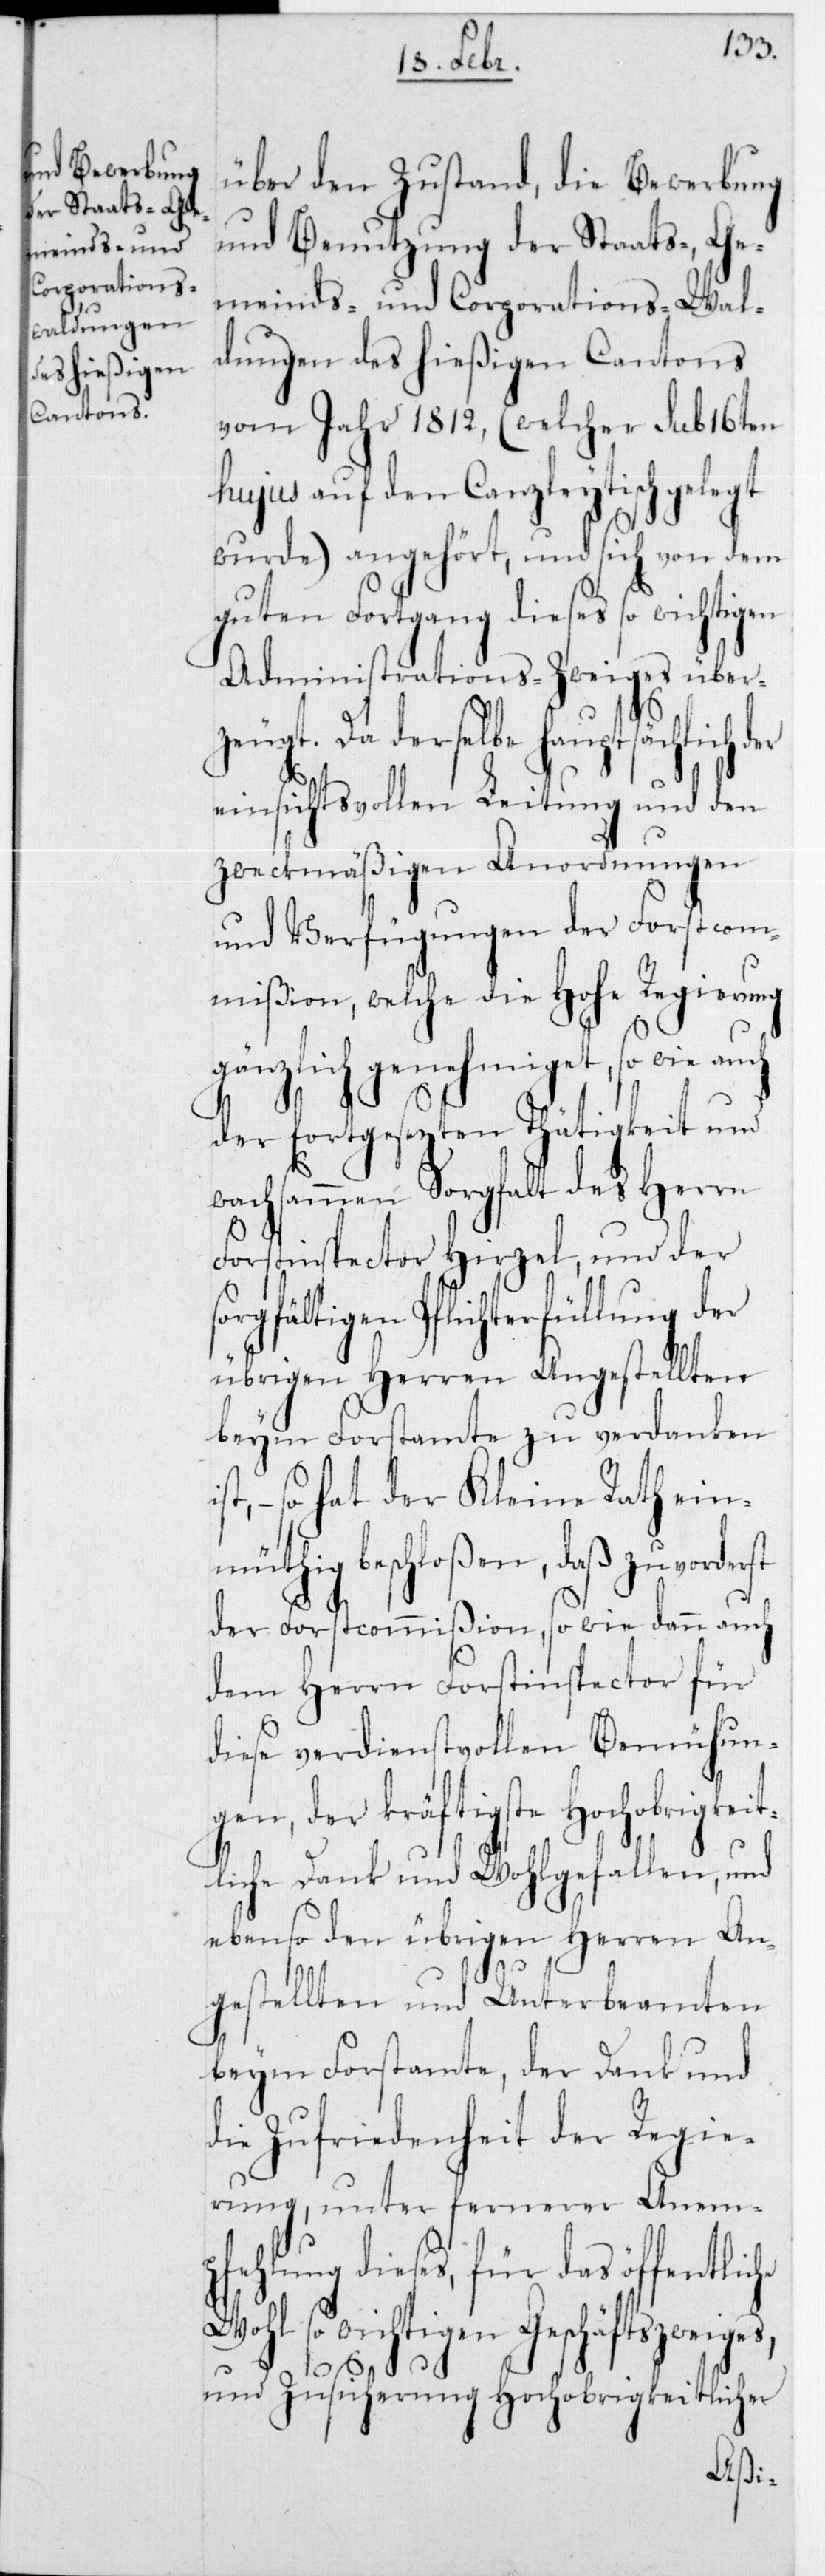
über den Zustand, die Bewerbung
und Benutzung der Staats-, Ge¬
meinds- und Corporations-Wal¬
dungen des hießigen Cantons
vom Jahr 1812, (welcher sub 16ten
hujus auf den Canzleytisch gelegt
wurde) angehört, und sich von dem
guten Fortgang dieses so wichtigen
Administrations-Zweiges über¬
zeugt. Da derselbe hauptsächlich
einsichtsvollen Leitung und den
zweckmäßigen Anordnungen
und Verfügungen der Forstcom¬
mißion, welche die Hohe Regierung
gänzlich genehmiget, so wie auch
der fortgesezten Tätigkeit und
he
wachsammen Sorgfalt des Herrn
Forstinspector Hirzel, und der
orgfältigen Pflichterfüllung der
übrigen Herren Angestellten
beym Forstamte zu verdanken
– so hat der Kleine Rath ein¬
müthig beschloßen, daß zuvorde¬
der Forstcommißion, so wie dann auch
dem Herrn Forstinspector für
diese verdienstvollen Bemühunge¬
n, der kräftigste Hochobrig¬
itliche Dank und Wohlgefallen, und
ebenso den übrigen Herren An¬
gestellten und Unterbeamten
beym Forstamte, der Dank und
die Zufriedenheit der Regie¬
rung, unter fernerer Anem¬
pfehlung dieses, für das öffentlic¬
Wohl so wichtigen Geschäftszweiges,
und Zusicherung Hochobrigkeitlicher